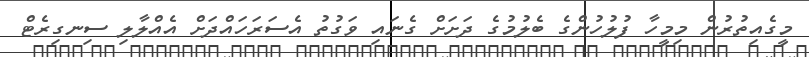
މީގެއިތުރުން މިމީހާ ފުލުހުންގެ ބެލުމުގެ ދަށަށް ގެނައި ވަގުތު އެސަރަހައްދަށް އެއްލާލި ސިނގިރެޓް